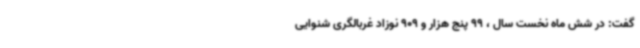
گفت: در شش ماه نخست سال ، 99 پنج هزار و 909 نوزاد غربالگری شنوایی